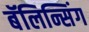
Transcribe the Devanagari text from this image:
बॅलिन्सिंग